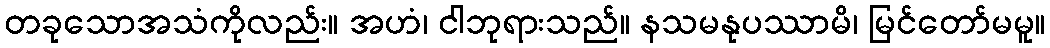
တခုသောအသံကိုလည်း။ အဟံ၊ ငါဘုရားသည်။ နသမနုပဿာမိ၊ မြင်တော်မမူ။